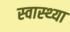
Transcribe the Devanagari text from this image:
स्‍वास्‍थ्‍या